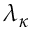
\lambda _ { \kappa }